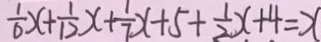
\frac { 1 } { 6 } x + \frac { 1 } { 1 2 } x + \frac { 1 } { 7 } x + 5 + \frac { 1 } { 2 } x + 4 = x